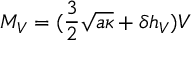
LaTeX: M _ { V } = ( \frac { 3 } { 2 } \sqrt { a \kappa } + \delta h _ { V } ) V